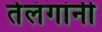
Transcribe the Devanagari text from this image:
तेलंगांनी